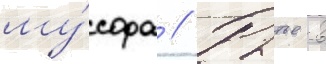
му́сора // Рытье в